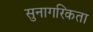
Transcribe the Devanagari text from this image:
सुनागरिकता